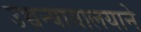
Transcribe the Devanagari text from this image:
उच्चन्यायालयाने